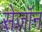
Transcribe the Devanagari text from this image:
सेज़ॉन